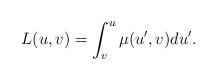
LaTeX: \begin{align*} L(u,v)=\int_v^u\mu(u',v)du'.\end{align*}